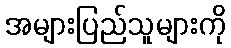
အများပြည်သူများကို